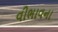
વીભાવના